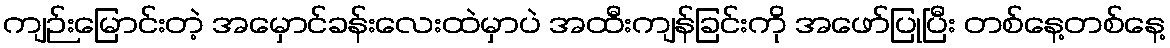
ကျဉ်းမြောင်းတဲ့ အမှောင်ခန်းလေးထဲမှာပဲ အထီးကျန်ခြင်းကို အဖော်ပြုပြီး တစ်နေ့တစ်နေ့